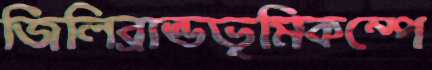
জিলিব্রান্ডভূমিকম্পে